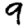
Digit: 9